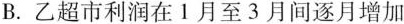
B. 乙超市利润在1月至3月间逐月增加